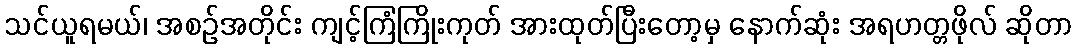
သင်ယူရမယ်၊ အစဉ်အတိုင်း ကျင့်ကြံကြိုးကုတ် အားထုတ်ပြီးတော့မှ နောက်ဆုံး အရဟတ္တဖိုလ် ဆိုတာ